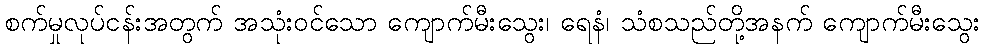
စက်မှုလုပ်ငန်းအတွက် အသုံးဝင်သော ကျောက်မီးသွေး၊ ရေနံ၊ သံစသည်တို့အနက် ကျောက်မီးသွေး